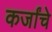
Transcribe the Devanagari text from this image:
कर्जांचे